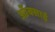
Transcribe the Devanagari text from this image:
ऑक्साई